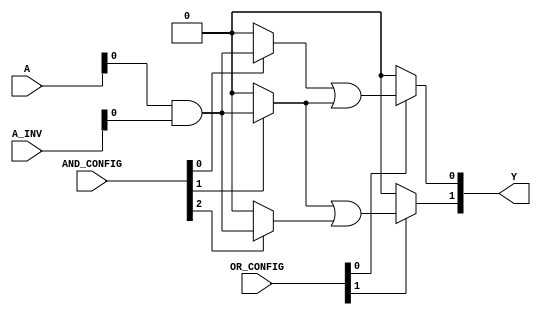
module SPAL #(parameter NUM_INPUTS = 4, // Number of inputs (A, B, C, D)
               parameter NUM_AND_GATES = 8, // Number of AND gates
               parameter NUM_OUTPUTS = 2) // Number of outputs (Y1, Y2)
               (
                 input wire [NUM_INPUTS-1:0] A, // Input lines
                 input wire [NUM_INPUTS-1:0] A_INV, // Inverted inputs
                 input wire [NUM_AND_GATES-1:0] AND_CONFIG, // Configuration for AND gates
                 input wire [NUM_OUTPUTS-1:0] OR_CONFIG, // Configuration for OR gates
                 output wire [NUM_OUTPUTS-1:0] Y // Output lines
               );

  // Declare the product terms array
  wire [NUM_AND_GATES-1:0] product_terms;

  // Programmable AND array
  genvar i;
  generate
    for (i = 0; i < NUM_AND_GATES; i = i + 1) begin : and_gen
      assign product_terms[i] = (AND_CONFIG[i] == 1'b1) ? 
                                 (A[0] & A_INV[0]) : 1'b0; // Example for AND gate
      // Extend this logic for more inputs and configure based on AND_CONFIG
    end
  endgenerate

  // Programmable OR array
  genvar j;
  generate
    for (j = 0; j < NUM_OUTPUTS; j = j + 1) begin : or_gen
      assign Y[j] = (OR_CONFIG[j] == 1'b1) ? 
                     (product_terms[j] | product_terms[j + 1]) : 1'b0; // Example for OR gate
      // Extend this logic for more product terms and configure based on OR_CONFIG
    end
  endgenerate

endmodule